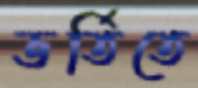
ভর্তিতে